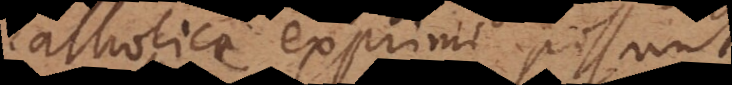
catholice exprimi possunt,